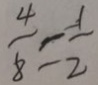
\frac { 4 } { 8 } = \frac { 1 } { 2 }